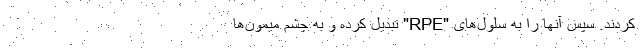
کردند. سپس آنها را به سلول‌های "RPE" تبدیل کرده و به چشم میمون‌ها